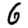
Digit: 6